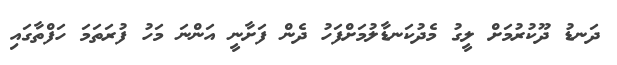
ދަނޑު ދޫކުރުމަށް ލީގު މެދުކަނޑާލުމަށްފަހު ދެން ފަށާނީ އަންނަ މަހު ފުރަތަމަ ހަފްތާގައި